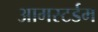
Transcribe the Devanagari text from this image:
आमस्टर्डम